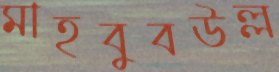
মাহবুবউল্ল